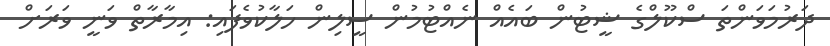
ދަރުމަވަންތަ ސްކޫލްގެ ޝީޓުން ބައެއް ނެއްޓުމުން ސީލިން ހަލާކުވެފައި: އިމާރާތް ވަނީ ވަރަށް